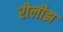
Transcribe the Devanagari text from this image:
रीलीझ